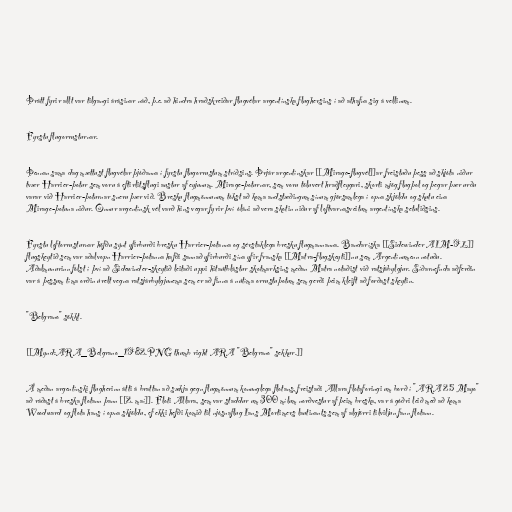
Þrátt fyrir allt var tilgangi árásinar náð, þ.e. að hindra hraðskreiðar flugvélar argentínska flughersins í að athafna sig á vellinum.

Fyrstu flugorrusturnar.

Þennan sama dag mættust flugvélar þjóðanna í fyrstu flugorrustum stríðsins. Þrjár argentínskar [[Mirage-flugvél]]ar freistuðu þess að skjóta niður
tvær Harrier-þotur sem voru á eftirlitsflugi austur af eyjunum. Mirage-þoturnar, sem voru töluvert hraðfleygari, skorti mjög flugþol og þegar þær urðu
varar við Harrier-þoturnar sneru þær við. Bresku flugmönnunum tókst að koma andstæðingum sínum gjörsamlega í opna skjöldu og skutu eina
Mirage-þotuna niður. Önnur argentínsk vél varð hins vegar fyrir því óláni að vera skotin niður af loftvarnasveitum argentínska setuliðsins.

Fyrstu loftorrusturnar höfðu sýnt yfirburði bresku Harrier-þotanna og sérstaklega bresku flugmannanna. Bandaríska [[Sidewinder AIM-9L]]
flugskeytið sem var aðalvopn Harrier-þotanna hafði sannað yfirburði sína yfir franska [[Matra-flugskeyti]]nu sem Argentínumenn notuðu.
Aðalmunurinn fólst í því að Sidewinder-skeytið leitaði uppi hitaútblástur skotmarksins meðan Matra notaðist við ratsjábylgjur. Síðarnefnda aðferðin
var á þessum tíma orðin úrelt vegna ratsjárbylgjunema sem er að finna á nútíma orrustuþotum sem gerði þeim kleift að forðast skeytin.

"Belgrano" sökkt.

[[Mynd:ARA_Belgrano_1982.PNG thumb right ARA "Belgrano" sekkur.]]

Á meðan argentínski flugherinn átti á brattan að sækja gegn flugmönnum konunglega flotans, freistaði Allara flotaforingi um borð í "ARA 25 Mayo"
að ráðast á breska flotann þann [[2. maí]]. Floti Allara, sem var staddur um 300 mílum norðvestur af þeim breska, var á góðri leið með að koma
Woodward og flota hans í opna skjöldu, ef ekki hefði komið til njósnaflug Ians Mortimers lautinants sem af algjörri tilviljun fann flotann.